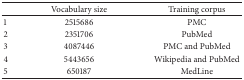
<table><thead><tr><td><b> </b></td><td><b>Vocabulary size</b></td><td><b>Training corpus</b></td></tr></thead><tbody><tr><td>1</td><td>2515686</td><td>PMC</td></tr><tr><td>2</td><td>2351706</td><td>PubMed</td></tr><tr><td>3</td><td>4087446</td><td>PMC and PubMed</td></tr><tr><td>4</td><td>5443656</td><td>Wikipedia and PubMed</td></tr><tr><td>5</td><td>650187</td><td>MedLine</td></tr></tbody></table>